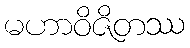
မဟာဝိဇိတဿ